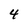
Character: 4